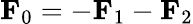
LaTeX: \mathbf{F}_{0}=-\mathbf{F}_{1}-\mathbf{F}_{2}